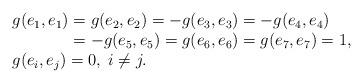
LaTeX: \begin{align*}\begin{array}{l} g(e_1,e_1)=g(e_2,e_2)=-g(e_3,e_3)=-g(e_4,e_4)\\ \phantom{g(e_1,e_1)} =-g(e_5,e_5)=g(e_6,e_6)=g(e_7,e_7)=1, \\ g(e_i,e_j)=0,\; i\neq j.\end{array}\end{align*}